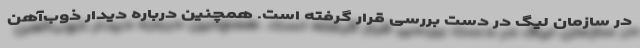
در سازمان لیگ در دست بررسی قرار گرفته است. همچنین درباره دیدار ذوب‌آهن